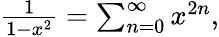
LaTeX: \begin{array}{r}{\frac{1}{1-x^{2}}=\sum_{n=0}^{\infty}x^{2n},}\end{array}